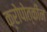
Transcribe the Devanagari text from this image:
क्रोपोत्कीन